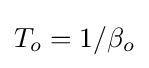
\textstyle T_{o}=1/\beta _{o}